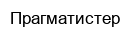
Прагматистер